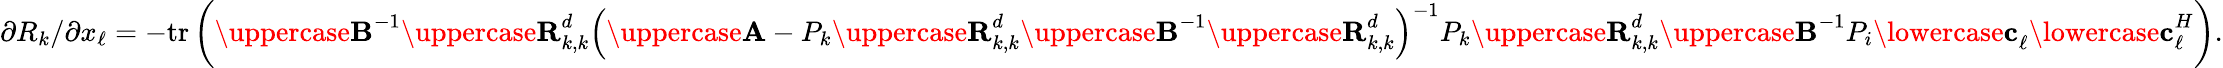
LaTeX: \begin{array}{r}{\partial R_{k}/\partial x_{\ell}=-\mathrm{{tr}}\left({\uppercase{\mathbf{B}}}^{-1}{\uppercase{\mathbf{R}}}_{k,k}^{d}\left({\uppercase{\mathbf{A}}}-P_{k}{\uppercase{\mathbf{R}}}_{k,k}^{d}{\uppercase{\mathbf{B}}}^{-1}{\uppercase{\mathbf{R}}}_{k,k}^{d}\right)^{-1}P_{k}{\uppercase{\mathbf{R}}}_{k,k}^{d}{\uppercase{\mathbf{B}}}^{-1}P_{i}{\lowercase{\mathbf{c}}}_{\ell}{\lowercase{\mathbf{c}}}_{\ell}^{H}\right).}\end{array}